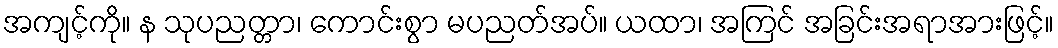
အကျင့်ကို။ န သုပညတ္တာ၊ ကောင်းစွာ မပညတ်အပ်။ ယထာ၊ အကြင် အခြင်းအရာအားဖြင့်။